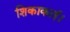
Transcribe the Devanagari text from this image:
शिकाकाई।